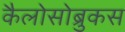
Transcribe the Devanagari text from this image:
कैलोसोब्रुकस